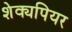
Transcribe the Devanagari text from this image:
शेक्यपियर